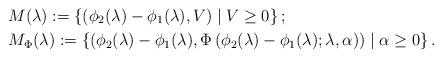
LaTeX: \begin{align*}& M(\lambda):= \left\{ \left( \phi_{2} (\lambda) - \phi_{1} (\lambda), V \right) \mid V \geq 0 \right\}; \\& M_{\Phi}(\lambda):= \left\{ \left( \phi_{2} (\lambda) - \phi_{1} (\lambda), \Phi \left( \phi_{2} (\lambda) - \phi_{1} (\lambda); \lambda, \alpha \right) \right) \mid \alpha \geq 0 \right\}. \end{align*}